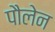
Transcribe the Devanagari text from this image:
पौलेन